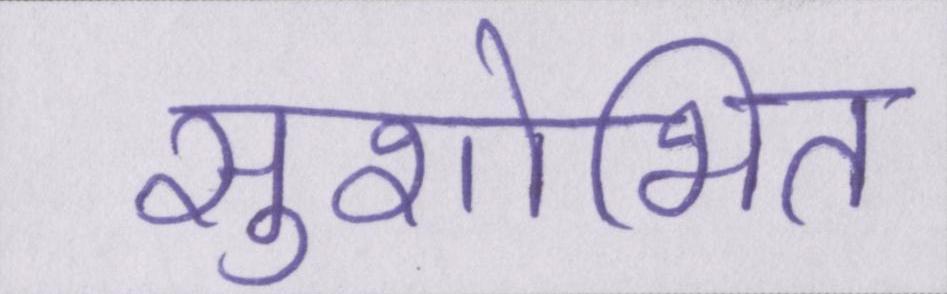
सुशोभित